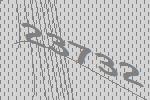
23732